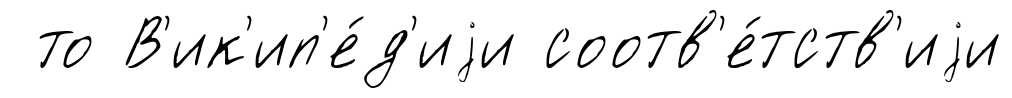
то В'ик'ип'е́д'иjи соотв'е́тств'иjи